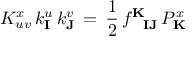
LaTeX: K _ { u v } ^ { x } \, k _ { \mathbf { I } } ^ { u } \, k _ { \mathbf { J } } ^ { v } \, = \, { \frac { 1 } { 2 } } \, f _ { \phantom { \mathbf { K } } \mathbf { I } \mathbf { J } } ^ { \mathbf { K } } \, { \cal P } _ { \mathbf { K } } ^ { x }